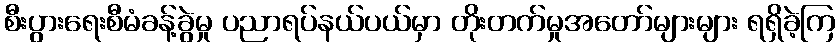
စီးပွားရေးစီမံခန့်ခွဲမှု ပညာရပ်နယ်ပယ်မှာ တိုးတက်မှုအတော်များများ ရရှိခဲ့ကြ